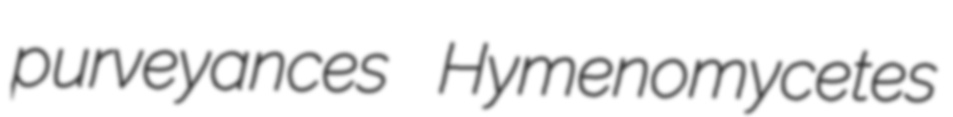
purveyances Hymenomycetes